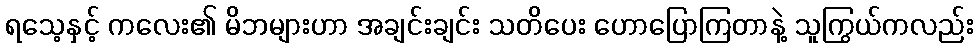
ရသေ့နှင့် ကလေး၏ မိဘများဟာ အချင်းချင်း သတိပေး ဟောပြောကြတာနဲ့ သူကြွယ်ကလည်း